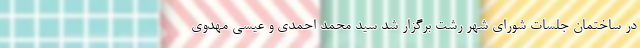
در ساختمان جلسات شورای شهر رشت برگزار شد سید محمد احمدی و عیسی مهدوی